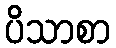
ပိသာစာ